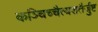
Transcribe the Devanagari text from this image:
कञ्चिच्चैत्यशतैर्जुष्ट